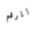
للرقم